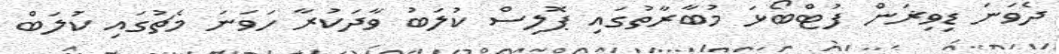
ދެވަނަ ޑިވިޜަން ފުޓްބޯޅަ މުބާރާތުގައި ޕޮލިސް ކުލަބު ވާދަކުރާ ހަވަނަ މެޗުގައި ކުލަބް